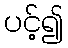
ပင့်၍